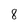
Character: 8